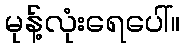
မုန့်လုံးရေပေါ်။